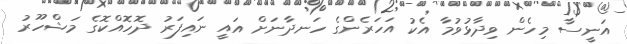
އަނީސާ މިހެން ވިދާޅުވުމާ އެކު އަހަރެންގެ ހަނދާނަށް އައީ ނައިފަރު ދޮހޮއްކޮގެ މަޝްހޫރު